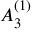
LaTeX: { A } _ { 3 } ^ { ( 1 ) }